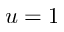
u = 1